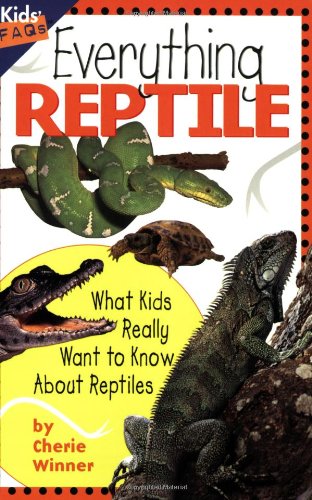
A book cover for Everything Reptile: What Kids Really Want to Know about Reptiles (Kids Faqs); Cherie Winner; Children's Books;